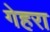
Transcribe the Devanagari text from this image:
गेहरा